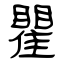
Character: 瞿